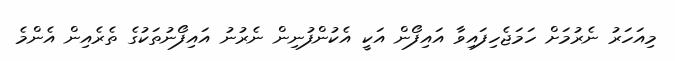
މިއަހަރު ނެރުމަށް ހަމަޖެހިފައިވާ އައިފޯން އަކީ އެކުންފުނިން ނެރުނު އައިފޯނުތަކުގެ ތެރެއިން އެންމެ